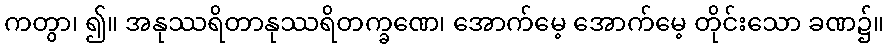
ကတွာ၊ ၍။ အနုဿရိတာနုဿရိတက္ခဏေ၊ အောက်မေ့ အောက်မေ့ တိုင်းသော ခဏ၌။